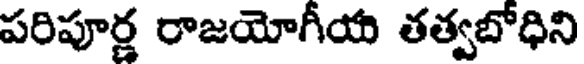
పరిపూర్ణ రాజయోగీయ తత్వబోధిని